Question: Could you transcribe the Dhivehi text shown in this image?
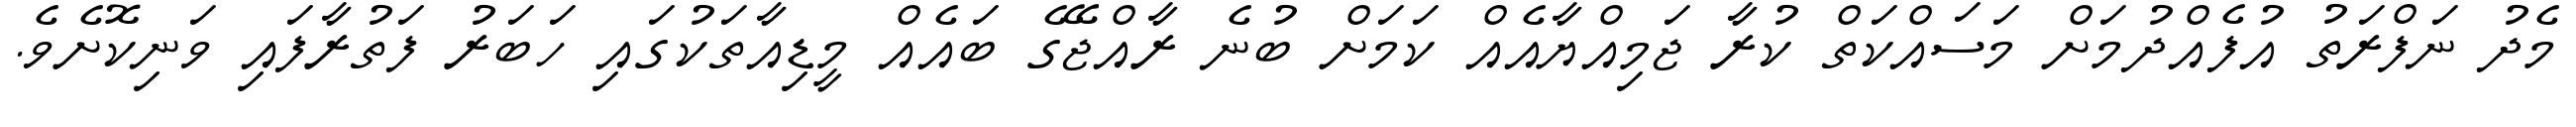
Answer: މެދު ނަފްރަތު އުފެއްދުމަށް މަސައްކަތް ކުރާ ޖަމިއްޔާއެއް ކަމަށް ބުނެ ރާއްޖޭގެ ބައެއް މީޑިއާތަކުގައި ހަބަރު ފަތުރާފައި ވަނިކޮށެވެ.